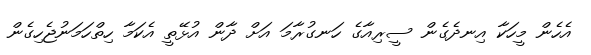
އެހެން މީހަކާ އިނދެގެން ސީރިއާގެ ހަނގުރާމަ އަށް ދާން އުޅޭތީ އެކަމާ ހިތްހަމަނުޖެހިގެން